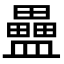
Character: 𥃇